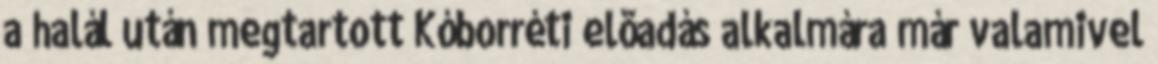
a halál után megtartott Kóborréti elõadás alkalmára már valamivel